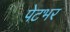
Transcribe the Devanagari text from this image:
पेटभर